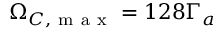
\Omega _ { C , \mathrm { ~ m ~ a ~ x ~ } } = 1 2 8 \Gamma _ { a }